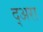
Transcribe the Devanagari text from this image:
द्अरा